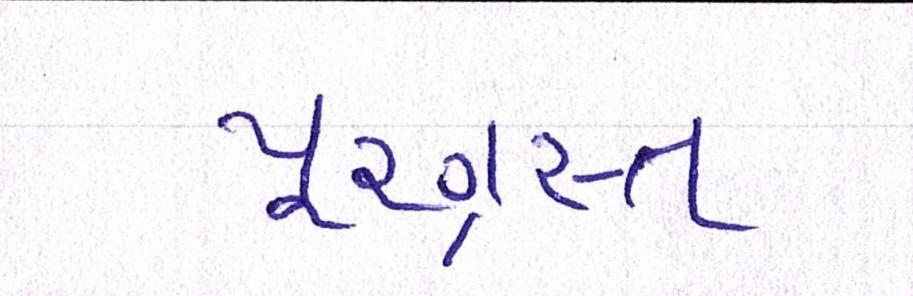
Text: પૂરગ્રસ્ત